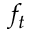
f _ { t }